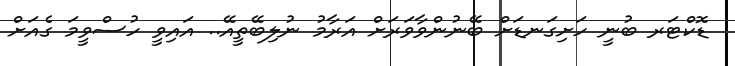
ޑޮކްޓަރ ބުނީ ހަށިގަނޑަށް ބޭނުންވާވަރަށް އަރާމު ނުލިބޭތީއޭ.. އައިވީ ހުސްވީމަ ގެއަށް